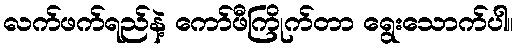
လက်ဖက်ရည်နဲ့ ကော်ဖီကြိုက်တာ ရွေးသောက်ပါ။